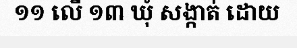
១១ លើ ១៣ ឃុំ សង្កាត់ ដោយ